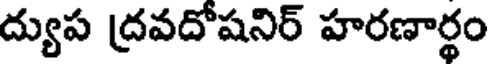
ద్యుప ద్రవదోషనిర్ హరణార్థం